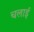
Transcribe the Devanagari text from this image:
चलार्इ